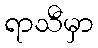
ရာသီမှာ